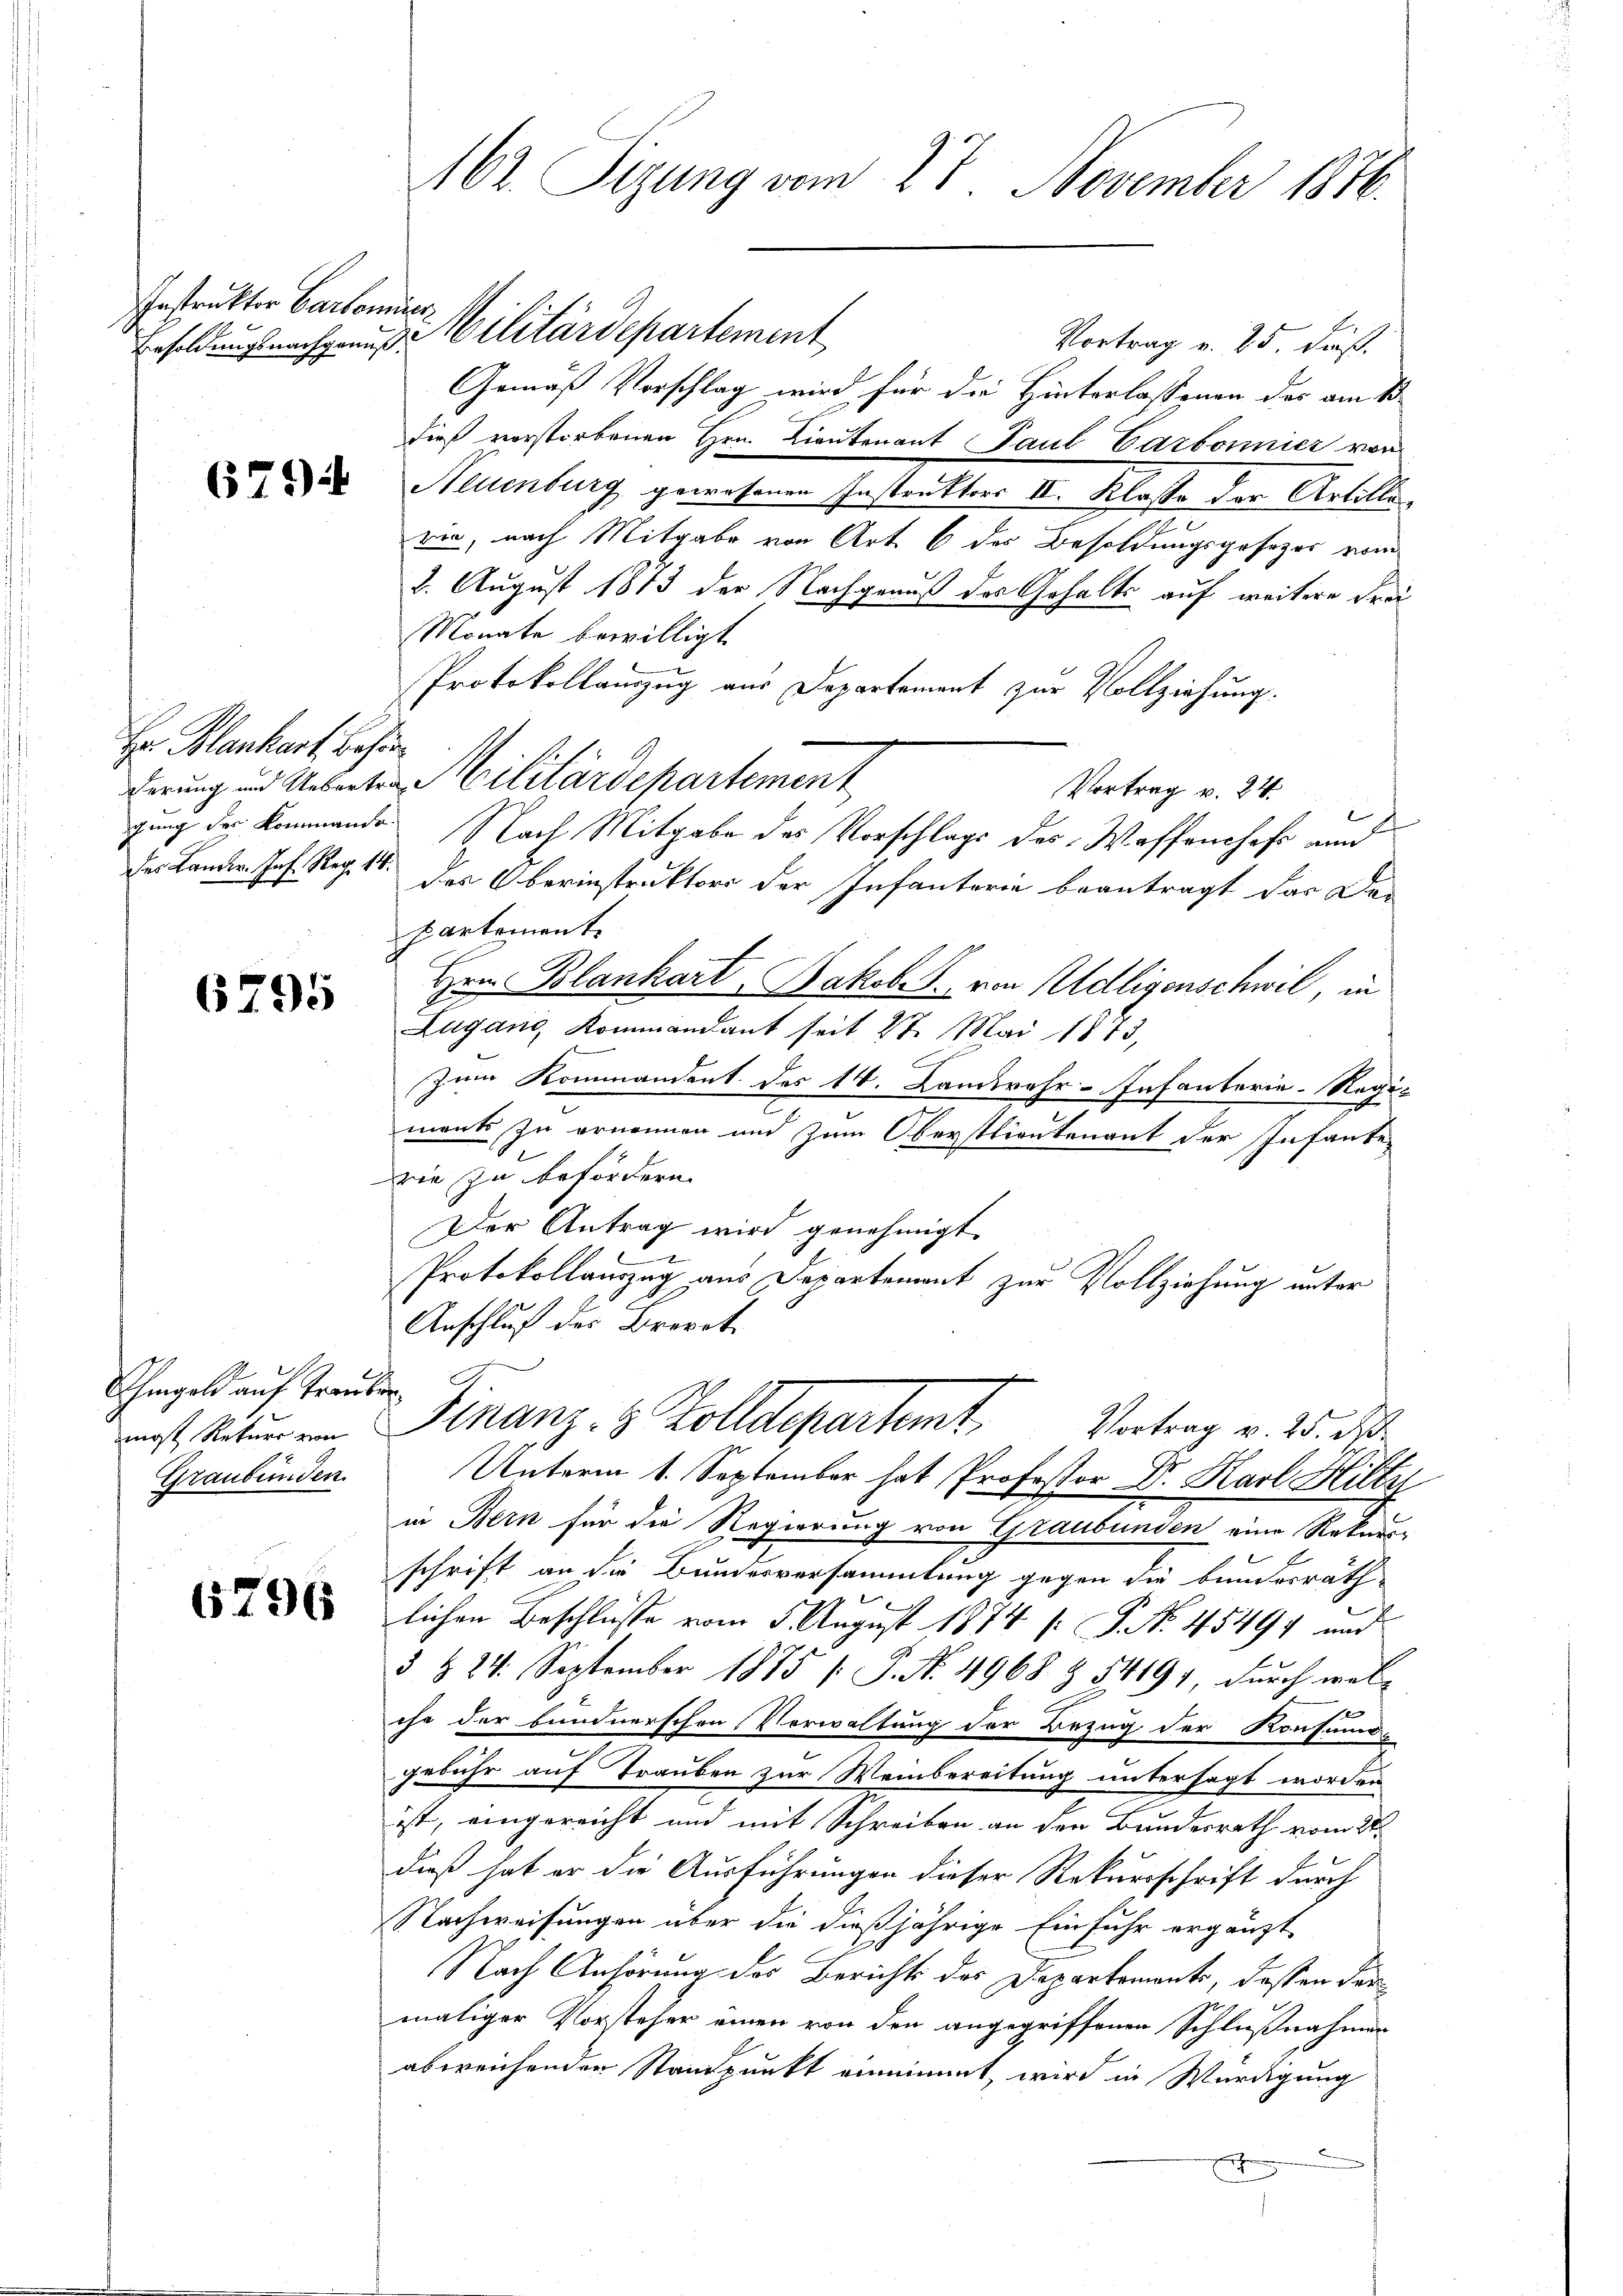
Instruktor Cartonier

671)

Hr. Manhart. Behör

6795

Ihmgeld auf Trauber.
most Rekurs von
Graubünden.

6796

Vortrag v. 25. dieß.
Gemäß Vorschlag wird für die Hinterlassenen des am 13
dieß vorstorbenen Hrn. Lieutenant Paul Carbonnier von
Neuenburg, gewesenen gestritten den Klosten der Artiker
rie, nach Mitgabe von Art. 6 des Besoldungsgesezes vom
8. August 1813 der Nachgenuß des Gehalts auf weitere Frei
Monate bewilligt.
Protokollauszug aus Departement zur Vollziehung.
derung und Uebertrag Militärdepartement
Vortrag v. 24.
gung der Kommende Nach Mitgabe des Vorschlags des Waffenshofe und
des Lander. Jos. Reg. 18. Das Oberinstruktor der Infanterie beantragt das Dar-
partement.
Hrn. Blankart, Jakob. von Adligenschwil, in
Lugang, Kommandant seit 27. Mai 1873,
Zum Kommandent des 14. Landwehr-Infanterie-Regi-
ments zu ernennen und zum Oberstlieutenant der Infante-
wie zu befördern.
Der Antrag wird genehmigt.
Protokollauszug aus Departement zur Vollziehung unter
Anschluß des Brevet
Finanz- 8 Zolldepartamt Vortrag v. 25. d.
Unterm 1. September hat Professor Dr. Harl Hilty
in Bern für die Regierung von Graubünden eine Rekurs-
schrift an die Bundesversammlung gegen die bundesräth
lichen Beschlüsse vom 5. August 1874 [§ No. 45494 und
§ § 24. September 1875 /: P. Nr. 4968 § 54191, durch wel-
f
che der bundnerschen Verwaltung der Bezug der Konsinua
gebühr auf Trauben zur Weinbereitung untersagt worden
ist, eingereicht und mit Schreiben an den Bundesrath vom 21.
dieß hat er die Ausführungen dieser Rekursschrift durch
Nachweisungen über die dießjährige Einfuhr ergänzt
e
Nach Anhörung des Berichts des Departements, deßen darmaliger Vorsteher einen von den angegriffenen Schlußnahmen
abweichenden Standpunkt einnimmt, wird in Würdigung
.
E

162. Sizung vom 27. November 1846.

Ersoldungsnachgenus Militärdepartement